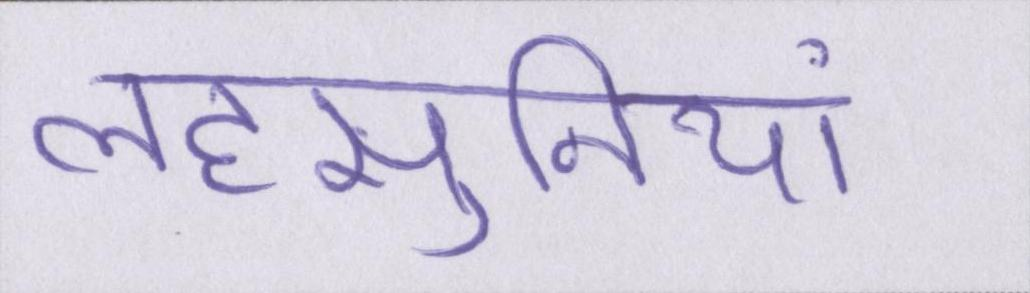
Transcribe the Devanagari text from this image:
लहसुनियां